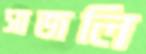
সাজলি